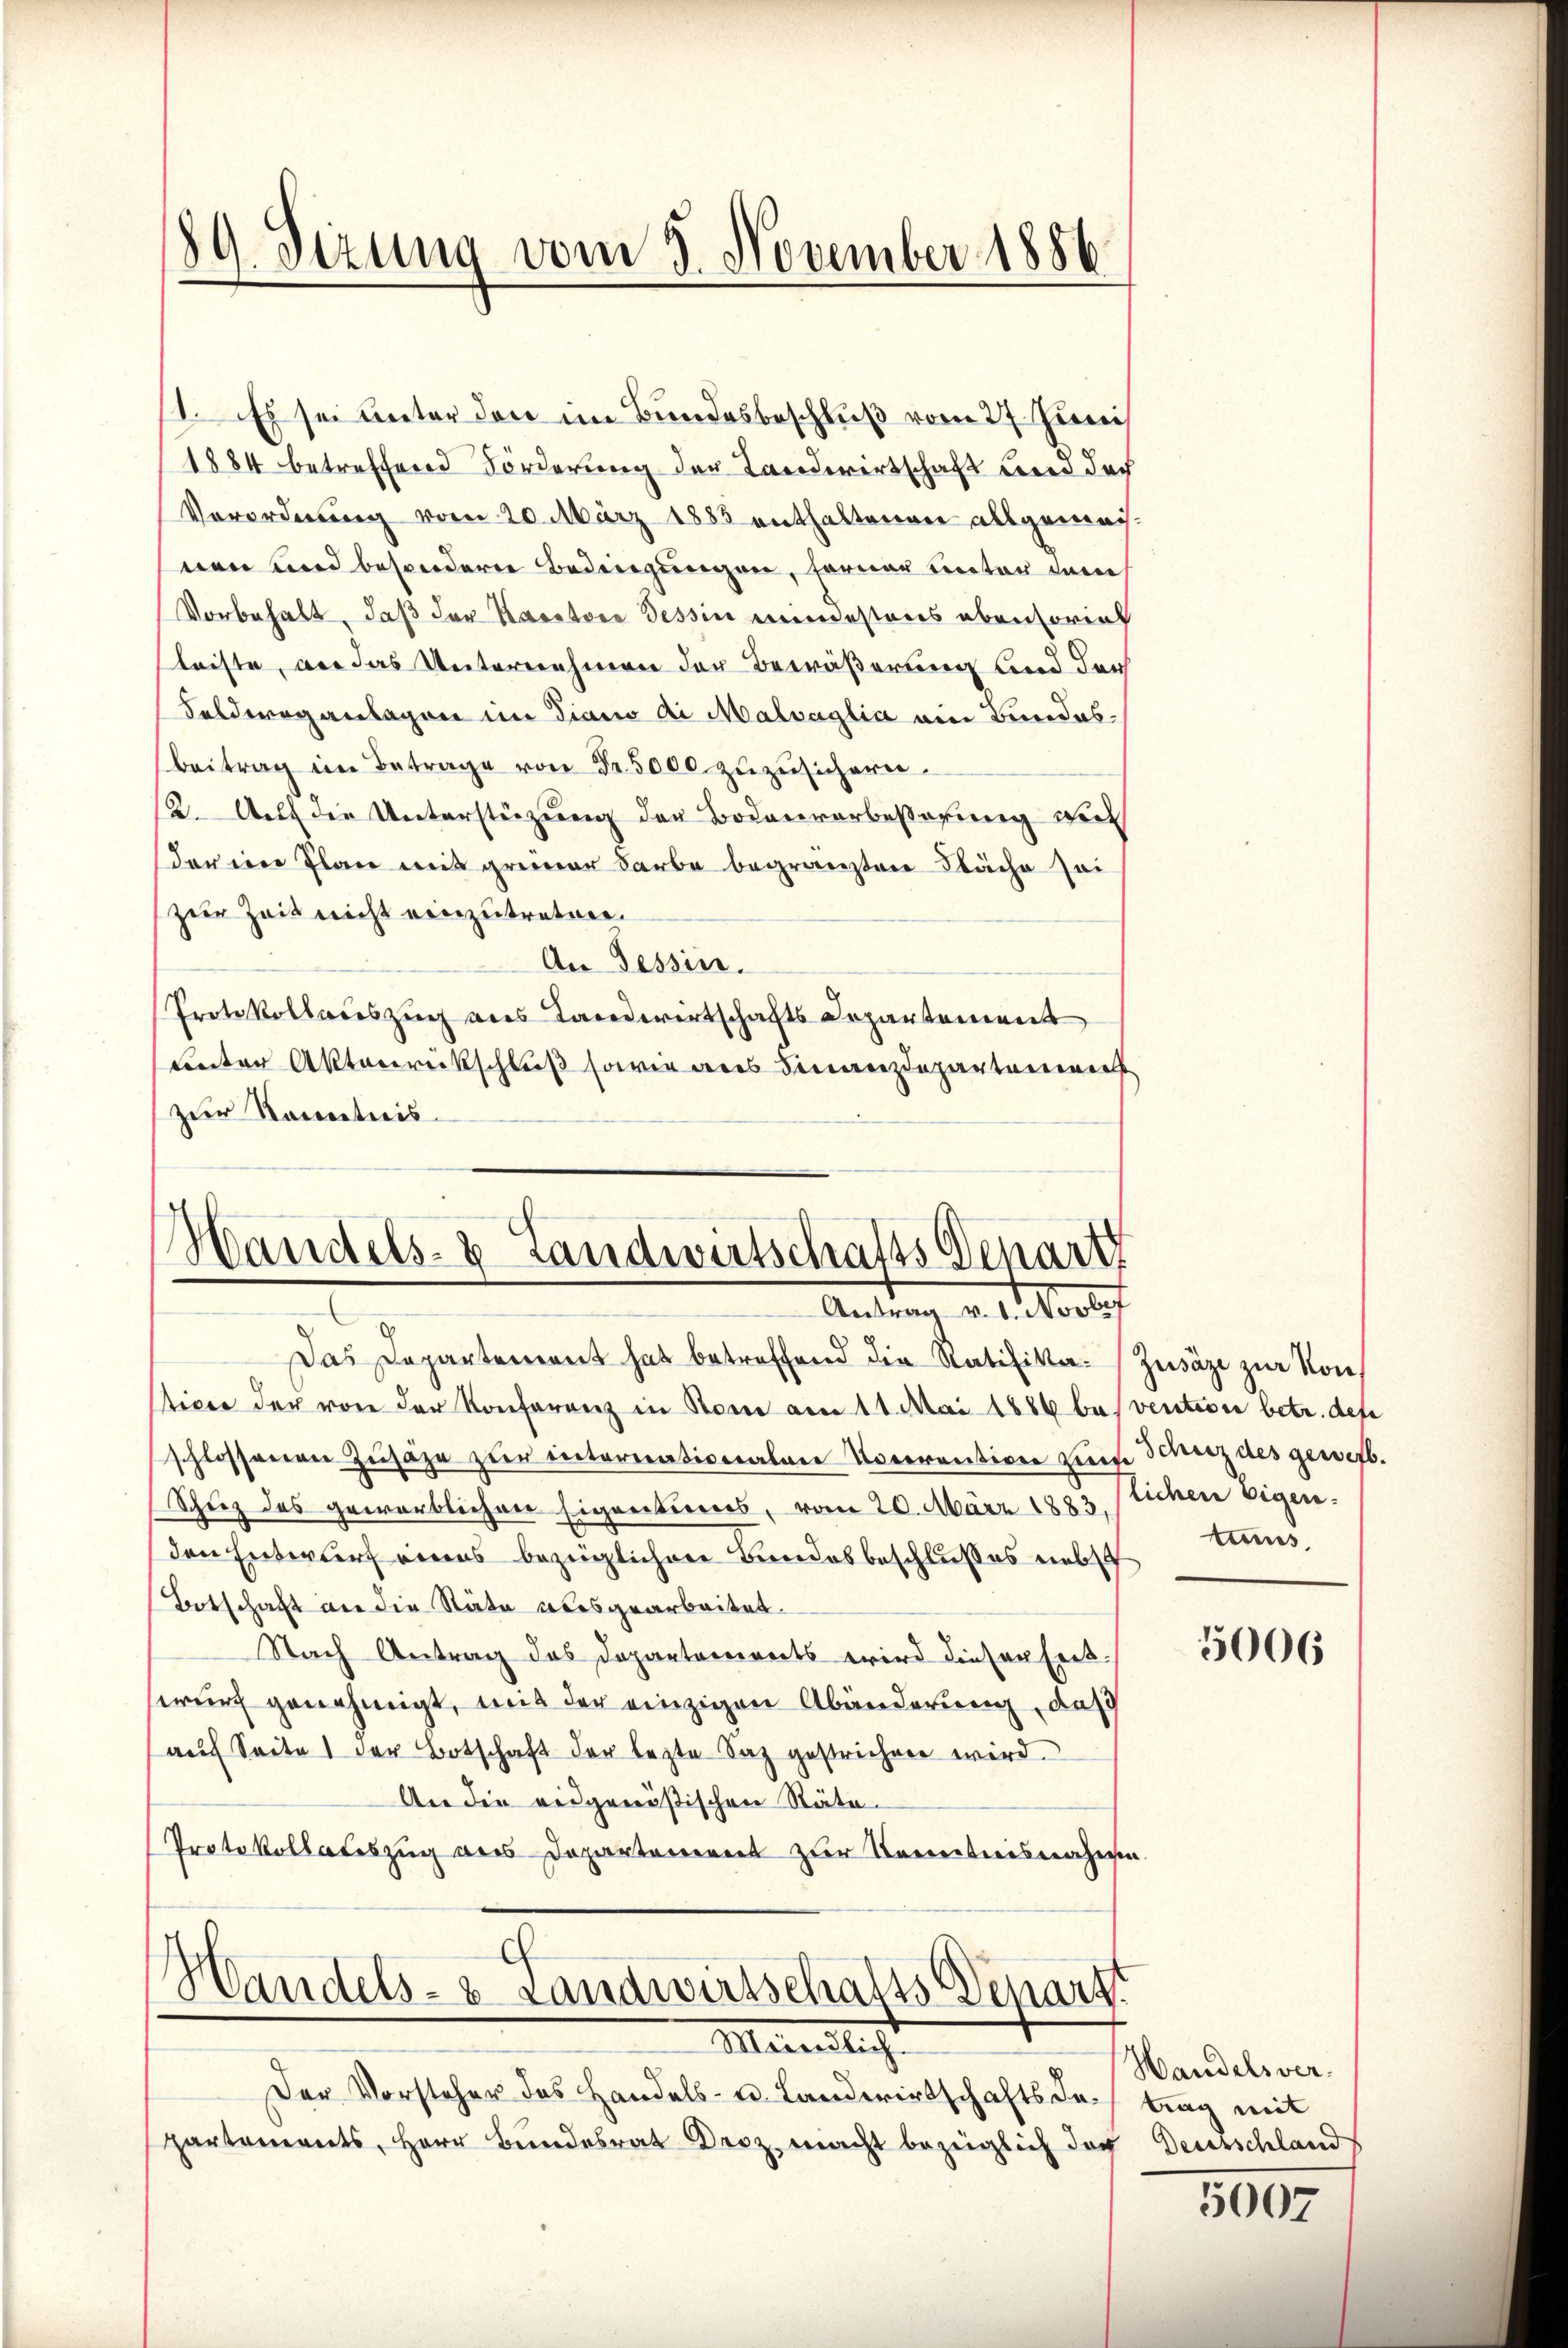
89. Dezung vom 3. November 1886

1. Es sei unter den im Bundesbeschluß vom 27. Juni
1884 betreffend Förderung der Landwirtschaft wird doch
Verordnung vom 20. März 1885 enthaltenen allgemei
nen und besondere Bedingungen, ferner Tinter dem
Vorbehalt, daß der Karatore Tessin mindestens abentorial
fleiste, an das Unternehmen der Bewäßerung und durch
Feldweg anlagen im Piano di Malvaglia ein Bundes¬
Beitrag im Betrage von Fr. 5000 zuzusichern.
(2. Auf die Unterstüzung der Bodenverbesserung wir
der eine Plan mit grüner Farbe begränzten Fläche sei
zur Zeit nicht einzutreten.
An Tessin.
Protokoll deszug aus Landwirtschafts Departement
Lnter Aktenrückschluß sowie aus Finanzdepartemen
zur Kenntnis.

Handels- & Landwirtschafts Genart
Antrag v. 1. Nove

Das Departement hat betreffend die Ratifika-Zusäze zur Konstice der von der Konferenz in Rom am 11. Mai 1886 besvention betr. defe
schlossenen Zusage zur intererationalen Noverantiven Leine Schutz des gewerb.
Schuz des geworblichen Eigentumes, vom 20. März 1883, lichen Eigen.
den Entwurf eines bezüglichen Bandesbeschlußes nebst
Botschaft an die Stäte abergearbeitet.
Nach Antrag des Departements wird dieser Entwurf genehmigt, mit der einzigen Abänderung, daß
auf Seite 1 der Botschaft der lezte Saz gestrichen wird.
An die eidgenößischen Räte-
Protokollateszug aus Departanereit zur Vereitweisenheren.

Handels- & Landwirtschafts Depart
Merantlicht

Der Vorsteher das Handels- u. Landwirtschafts Inpartements, Herr Bundesrat Droz. macht bezüglich der Deutschland

tums,

5006

Handelsver-
trag mit

5007